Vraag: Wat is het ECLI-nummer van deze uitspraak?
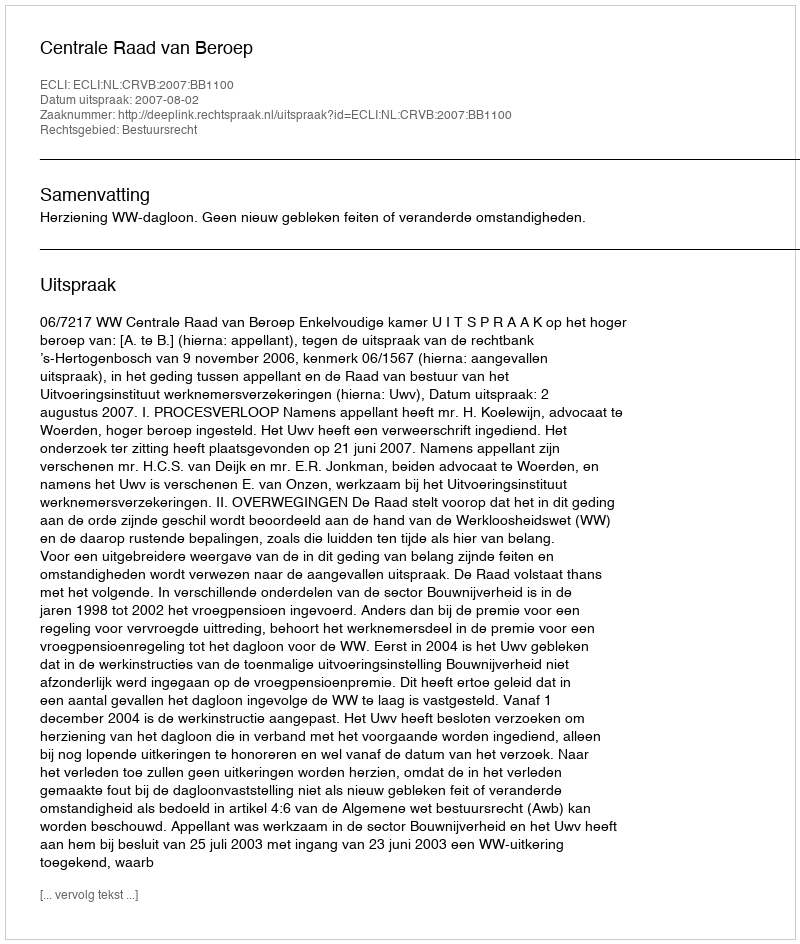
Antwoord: ECLI:NL:CRVB:2007:BB1100